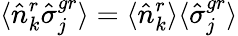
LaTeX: \langle\hat{n}_{k}^{r}\hat{\sigma}_{j}^{gr}\rangle=\langle\hat{n}_{k}^{r}\rangle\langle\hat{\sigma}_{j}^{gr}\rangle